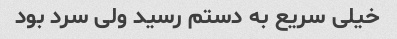
خیلی سریع به دستم رسید ولی سرد بود